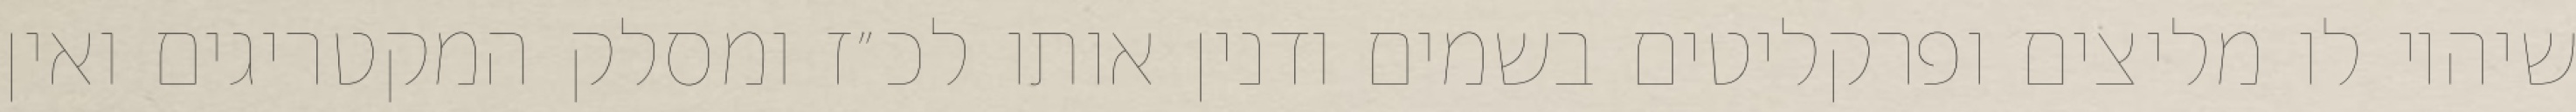
שיהיו לו מליצים ופרקליטים בשמים ודנין אותו לכ״ז ומסלק המקטריגים ואין